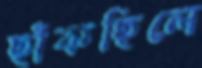
ছাঁকছিলে